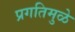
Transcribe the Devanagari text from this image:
प्रगतिमुळे